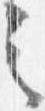
之